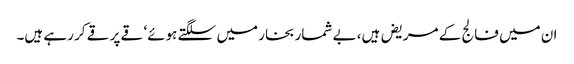
ان میں فالج کے مریض ہیں، بے شمار بخار میں سلگتے ہوئے‘ قے پر قے کر رہے ہیں۔